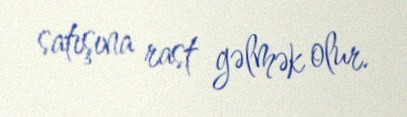
satışına rast gəlmək olur.